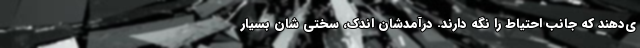
ی‌دهند که جانب احتیاط را نگه دارند. درآمدشان اندک، سختی شان بسیار